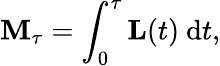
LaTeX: \mathbf{M}_{\tau}=\int_{0}^{\tau}\mathbf{L}(t)\ \mathrm{d}t,